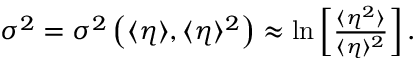
\begin{array} { r } { \sigma ^ { 2 } = \sigma ^ { 2 } \left( \langle \eta \rangle , \langle \eta \rangle ^ { 2 } \right) \approx \ln \left[ \frac { \langle \eta ^ { 2 } \rangle } { \langle \eta \rangle ^ { 2 } } \right] . } \end{array}